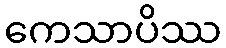
ကေသာပိဿ